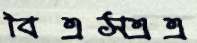
বিএসএএ